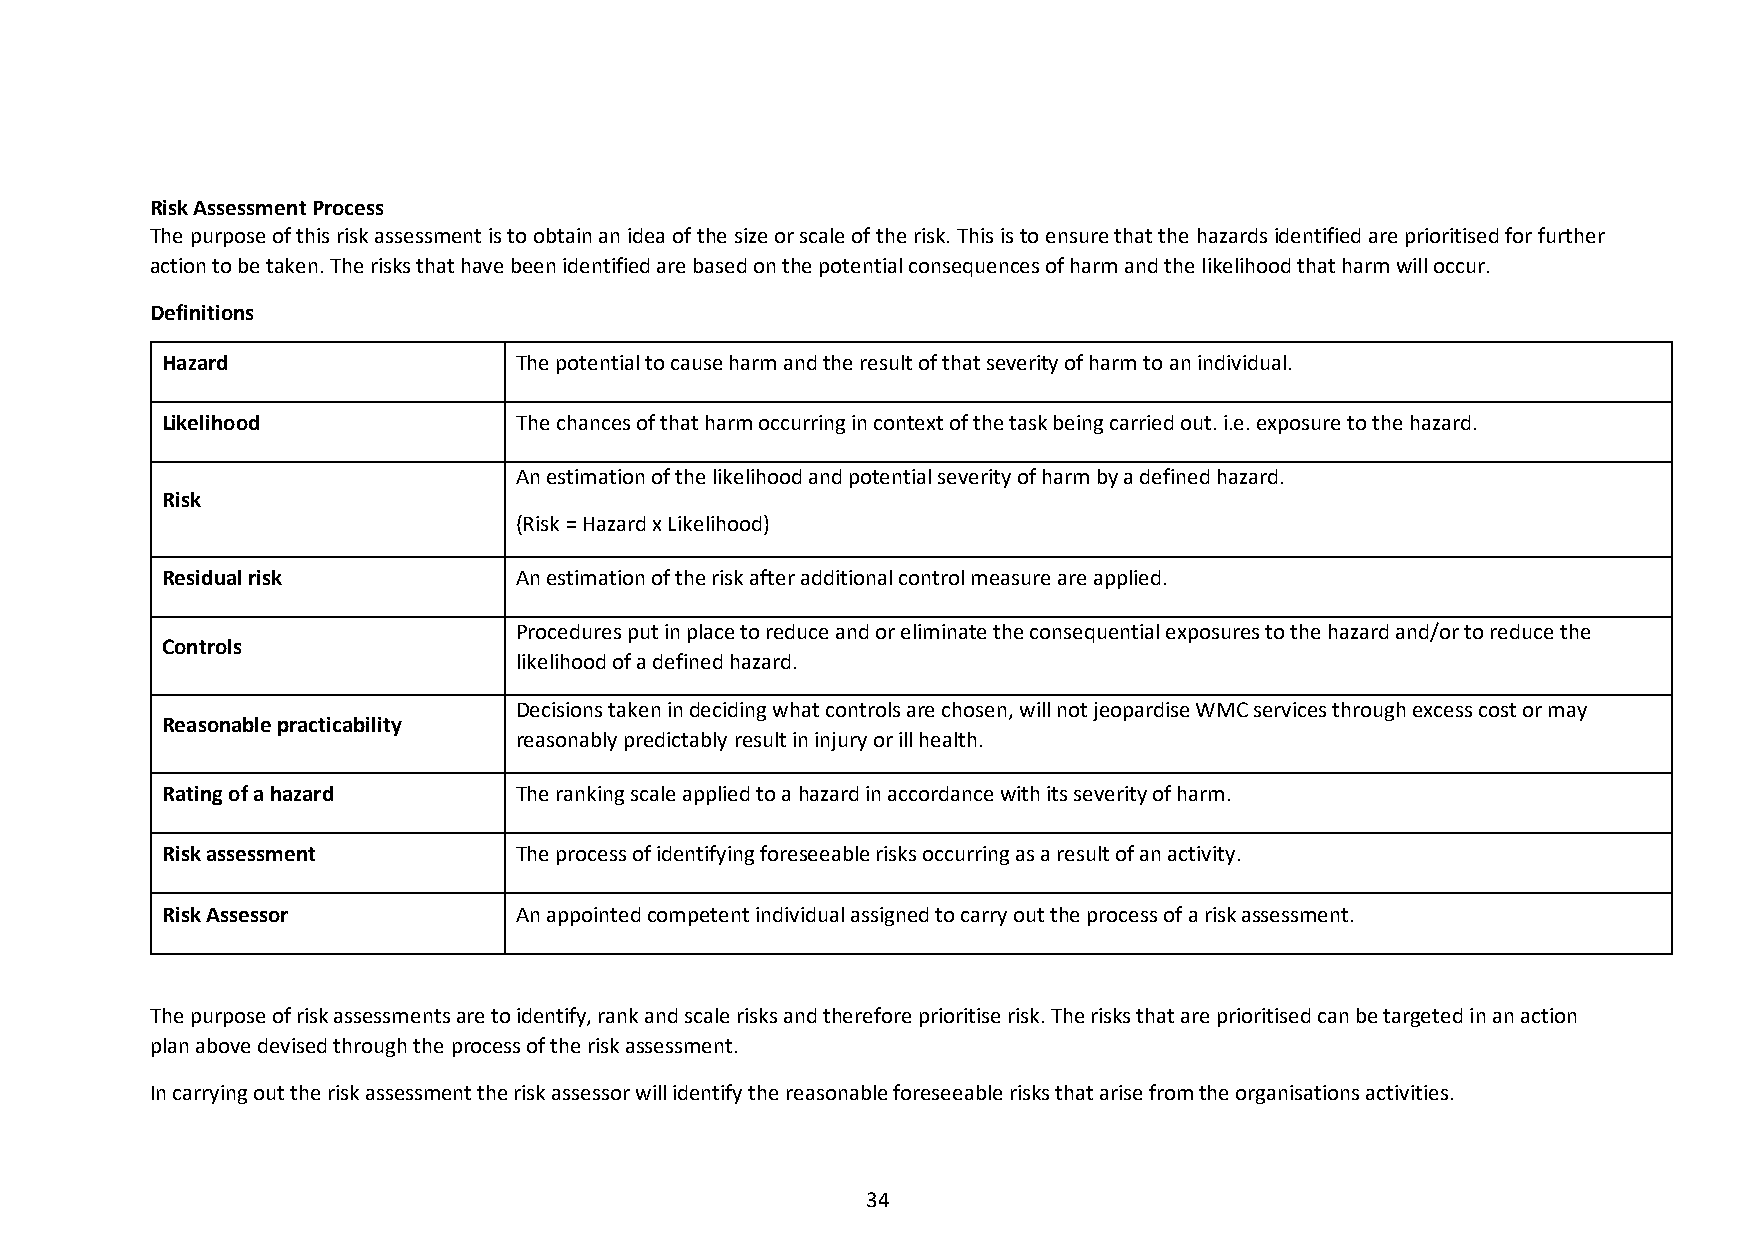
Risk Assessment Process
 The purpose of this risk assessment is to obtain an idea of the size or scale of the risk. This is to ensure that the hazards identified are prioritised for further
 action to be taken. The risks that have been identified are based on the potential consequences of harm and the likelihood that harm will occur.
 Definitions
 Hazard                 The potential to cause harm and the result of that severity of harm to an individual.
 Likelihood             The chances of that harm occurring in context of the task being carried out. i.e. exposure to the hazard.
 An estimation of the likelihood and potential severity of harm by a defined hazard.
 Risk
 (Risk = Hazard x Likelihood)
 Residual risk          An estimation of the risk after additional control measure are applied.
 Procedures put in place to reduce and or eliminate the consequential exposures to the hazard and/or to reduce the
 Controls
 likelihood of a defined hazard.
 Decisions taken in deciding what controls are chosen, will not jeopardise WMC services through excess cost or may
 Reasonable practicability
 reasonably predictably result in injury or ill health.
 Rating of a hazard     The ranking scale applied to a hazard in accordance with its severity of harm.
 Risk assessment        The process of identifying foreseeable risks occurring as a result of an activity.
 Risk Assessor          An appointed competent individual assigned to carry out the process of a risk assessment.
 The purpose of risk assessments are to identify, rank and scale risks and therefore prioritise risk. The risks that are prioritised can be targeted in an action
 plan above devised through the process of the risk assessment.
 In carrying out the risk assessment the risk assessor will identify the reasonable foreseeable risks that arise from the organisations activities.
 34